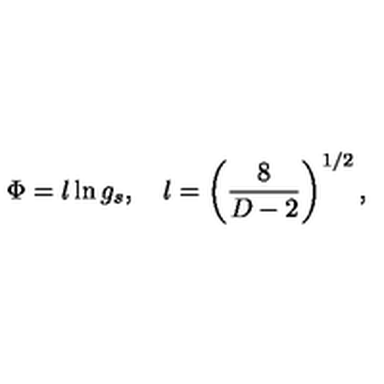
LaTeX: \Phi = l \ln g _ { s } , \quad l = \left( \frac { 8 } { D - 2 } \right) ^ { 1 / 2 } ,